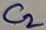
Text: C2